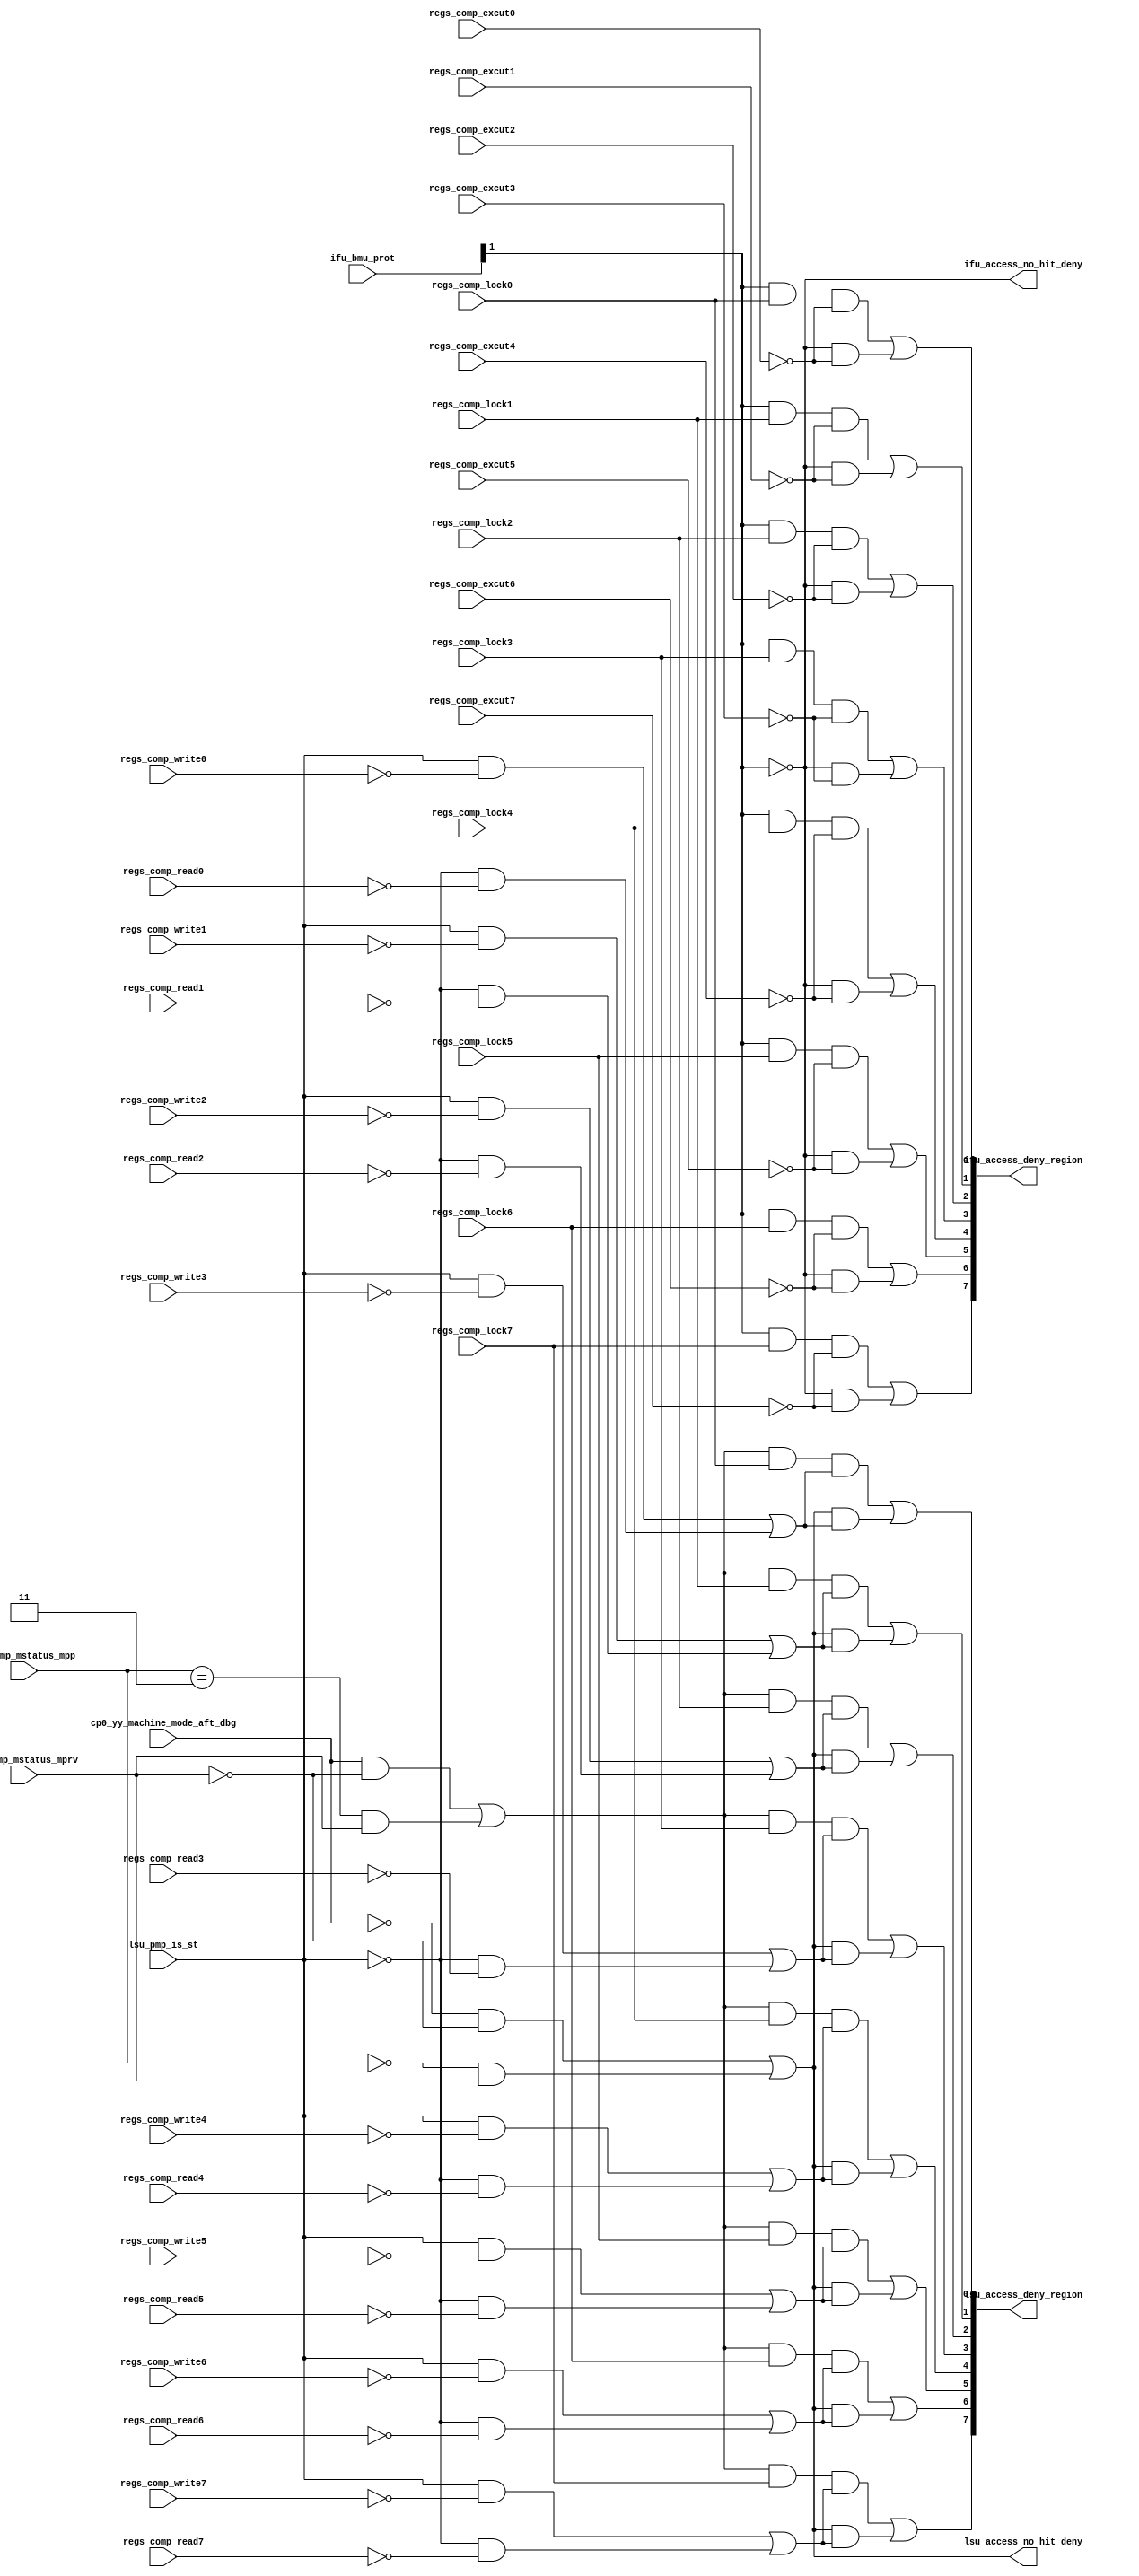
/*Copyright 2018-2021 T-Head Semiconductor Co., Ltd.

Licensed under the Apache License, Version 2.0 (the "License");
you may not use this file except in compliance with the License.
You may obtain a copy of the License at

    http://www.apache.org/licenses/LICENSE-2.0

Unless required by applicable law or agreed to in writing, software
distributed under the License is distributed on an "AS IS" BASIS,
WITHOUT WARRANTIES OR CONDITIONS OF ANY KIND, either express or implied.
See the License for the specific language governing permissions and
limitations under the License.
*/
module cr_pmp_acc_arb(
  cp0_pmp_mstatus_mpp,
  cp0_pmp_mstatus_mprv,
  cp0_yy_machine_mode_aft_dbg,
  ifu_access_deny_region,
  ifu_access_no_hit_deny,
  ifu_bmu_prot,
  lsu_access_deny_region,
  lsu_access_no_hit_deny,
  lsu_pmp_is_st,
  regs_comp_excut0,
  regs_comp_excut1,
  regs_comp_excut2,
  regs_comp_excut3,
  regs_comp_excut4,
  regs_comp_excut5,
  regs_comp_excut6,
  regs_comp_excut7,
  regs_comp_lock0,
  regs_comp_lock1,
  regs_comp_lock2,
  regs_comp_lock3,
  regs_comp_lock4,
  regs_comp_lock5,
  regs_comp_lock6,
  regs_comp_lock7,
  regs_comp_read0,
  regs_comp_read1,
  regs_comp_read2,
  regs_comp_read3,
  regs_comp_read4,
  regs_comp_read5,
  regs_comp_read6,
  regs_comp_read7,
  regs_comp_write0,
  regs_comp_write1,
  regs_comp_write2,
  regs_comp_write3,
  regs_comp_write4,
  regs_comp_write5,
  regs_comp_write6,
  regs_comp_write7
);

// &Ports; @25
input   [1:0]  cp0_pmp_mstatus_mpp;        
input          cp0_pmp_mstatus_mprv;       
input          cp0_yy_machine_mode_aft_dbg; 
input   [3:0]  ifu_bmu_prot;               
input          lsu_pmp_is_st;              
input          regs_comp_excut0;           
input          regs_comp_excut1;           
input          regs_comp_excut2;           
input          regs_comp_excut3;           
input          regs_comp_excut4;           
input          regs_comp_excut5;           
input          regs_comp_excut6;           
input          regs_comp_excut7;           
input          regs_comp_lock0;            
input          regs_comp_lock1;            
input          regs_comp_lock2;            
input          regs_comp_lock3;            
input          regs_comp_lock4;            
input          regs_comp_lock5;            
input          regs_comp_lock6;            
input          regs_comp_lock7;            
input          regs_comp_read0;            
input          regs_comp_read1;            
input          regs_comp_read2;            
input          regs_comp_read3;            
input          regs_comp_read4;            
input          regs_comp_read5;            
input          regs_comp_read6;            
input          regs_comp_read7;            
input          regs_comp_write0;           
input          regs_comp_write1;           
input          regs_comp_write2;           
input          regs_comp_write3;           
input          regs_comp_write4;           
input          regs_comp_write5;           
input          regs_comp_write6;           
input          regs_comp_write7;           
output  [7:0]  ifu_access_deny_region;     
output         ifu_access_no_hit_deny;     
output  [7:0]  lsu_access_deny_region;     
output         lsu_access_no_hit_deny;     

// &Regs; @26

// &Wires; @27
wire    [1:0]  cp0_pmp_mstatus_mpp;        
wire           cp0_pmp_mstatus_mprv;       
wire           cp0_yy_machine_mode_aft_dbg; 
wire           ifu_acc_machine_mode;       
wire           ifu_acc_user_mode;          
wire           ifu_access_deny0;           
wire           ifu_access_deny1;           
wire           ifu_access_deny2;           
wire           ifu_access_deny3;           
wire           ifu_access_deny4;           
wire           ifu_access_deny5;           
wire           ifu_access_deny6;           
wire           ifu_access_deny7;           
wire    [7:0]  ifu_access_deny_region;     
wire           ifu_access_no_hit_deny;     
wire    [3:0]  ifu_bmu_prot;               
wire           lsu_acc_machine_mode;       
wire           lsu_acc_user_mode;          
wire           lsu_access_deny0;           
wire           lsu_access_deny1;           
wire           lsu_access_deny2;           
wire           lsu_access_deny3;           
wire           lsu_access_deny4;           
wire           lsu_access_deny5;           
wire           lsu_access_deny6;           
wire           lsu_access_deny7;           
wire    [7:0]  lsu_access_deny_region;     
wire           lsu_access_no_hit_deny;     
wire           lsu_pmp_is_st;              
wire           regs_comp_excut0;           
wire           regs_comp_excut1;           
wire           regs_comp_excut2;           
wire           regs_comp_excut3;           
wire           regs_comp_excut4;           
wire           regs_comp_excut5;           
wire           regs_comp_excut6;           
wire           regs_comp_excut7;           
wire           regs_comp_lock0;            
wire           regs_comp_lock1;            
wire           regs_comp_lock2;            
wire           regs_comp_lock3;            
wire           regs_comp_lock4;            
wire           regs_comp_lock5;            
wire           regs_comp_lock6;            
wire           regs_comp_lock7;            
wire           regs_comp_read0;            
wire           regs_comp_read1;            
wire           regs_comp_read2;            
wire           regs_comp_read3;            
wire           regs_comp_read4;            
wire           regs_comp_read5;            
wire           regs_comp_read6;            
wire           regs_comp_read7;            
wire           regs_comp_write0;           
wire           regs_comp_write1;           
wire           regs_comp_write2;           
wire           regs_comp_write3;           
wire           regs_comp_write4;           
wire           regs_comp_write5;           
wire           regs_comp_write6;           
wire           regs_comp_write7;           


// &Force("bus","ifu_bmu_prot",3,0); @29
//==========================================================
//                Attribute Matching Logic
//==========================================================
//-------------------------------------------
// Check the access attribute of each region
//-------------------------------------------
assign lsu_acc_machine_mode = cp0_yy_machine_mode_aft_dbg && !cp0_pmp_mstatus_mprv
                           || (cp0_pmp_mstatus_mpp[1:0] == 2'b11) && cp0_pmp_mstatus_mprv;
                     
assign lsu_acc_user_mode    = !cp0_yy_machine_mode_aft_dbg && !cp0_pmp_mstatus_mprv
                           || (cp0_pmp_mstatus_mpp[1:0] == 2'b00)  && cp0_pmp_mstatus_mprv;

//when bmu not grant,acc machine mode and secure mode should not change
assign ifu_acc_machine_mode = ifu_bmu_prot[1]; 
assign ifu_acc_user_mode    = !ifu_bmu_prot[1];


//-----------------------------------------
// Checks the access attribute with no entry hit
//-----------------------------------------
assign ifu_access_no_hit_deny = ifu_acc_user_mode;
assign lsu_access_no_hit_deny = lsu_acc_user_mode;

//-----------------------------------------
// Checks the access attribute of region 0
//-----------------------------------------
//IFU deny will be generated when:
//1. ifu access in machine mode:
//(1) PMP entry is locked 
//(2) PMP entry is not executeable
//2. ifu access in user mode:
//(2) PMP entry is not executeable
assign ifu_access_deny_region[0] = ifu_access_deny0;
assign ifu_access_deny0          = ifu_acc_machine_mode && regs_comp_lock0 && !regs_comp_excut0
                                || ifu_acc_user_mode && !regs_comp_excut0;

//LSU deny will be generated when:
//1.lsu access in machine mode:
//(1) PMP entry is locked
//(2) access is load and PMP entry is not readable
//    access is store and PMP entry is not writeable
//2.lsu access in user mode:
//(1) access is load and PMP entry is not readable
//    access is store and PMP entry is not writeable
assign lsu_access_deny_region[0] = lsu_access_deny0;
assign lsu_access_deny0          = lsu_acc_machine_mode && regs_comp_lock0 
                                   && (lsu_pmp_is_st && !regs_comp_write0 
                                       || !lsu_pmp_is_st && !regs_comp_read0)
                                || lsu_acc_user_mode                              
                                   && (lsu_pmp_is_st && !regs_comp_write0 
                                       || !lsu_pmp_is_st && !regs_comp_read0);

//-----------------------------------------
// Checks the access attribute of region 1
//-----------------------------------------
assign ifu_access_deny_region[1] = ifu_access_deny1;
assign lsu_access_deny_region[1] = lsu_access_deny1;
assign ifu_access_deny1          = ifu_acc_machine_mode && regs_comp_lock1 && !regs_comp_excut1
                                || ifu_acc_user_mode && !regs_comp_excut1;

assign lsu_access_deny1          = lsu_acc_machine_mode && regs_comp_lock1 
                                   && (lsu_pmp_is_st && !regs_comp_write1 
                                       || !lsu_pmp_is_st && !regs_comp_read1)
                                || lsu_acc_user_mode                              
                                   && (lsu_pmp_is_st && !regs_comp_write1 
                                       || !lsu_pmp_is_st && !regs_comp_read1);

//-----------------------------------------
// Checks the access attribute of region 2
//-----------------------------------------
assign ifu_access_deny_region[2] = ifu_access_deny2;
assign lsu_access_deny_region[2] = lsu_access_deny2;
assign ifu_access_deny2          = ifu_acc_machine_mode && regs_comp_lock2 && !regs_comp_excut2
                                || ifu_acc_user_mode && !regs_comp_excut2;

assign lsu_access_deny2          = lsu_acc_machine_mode && regs_comp_lock2 
                                   && (lsu_pmp_is_st && !regs_comp_write2 
                                       || !lsu_pmp_is_st && !regs_comp_read2)
                                || lsu_acc_user_mode                              
                                   && (lsu_pmp_is_st && !regs_comp_write2 
                                       || !lsu_pmp_is_st && !regs_comp_read2);

//-----------------------------------------
// Checks the access attribute of region 3
//-----------------------------------------
assign ifu_access_deny_region[3] = ifu_access_deny3;
assign lsu_access_deny_region[3] = lsu_access_deny3;

assign ifu_access_deny3          = ifu_acc_machine_mode && regs_comp_lock3 && !regs_comp_excut3
                                || ifu_acc_user_mode && !regs_comp_excut3;

assign lsu_access_deny3          = lsu_acc_machine_mode && regs_comp_lock3 
                                   && (lsu_pmp_is_st && !regs_comp_write3 
                                       || !lsu_pmp_is_st && !regs_comp_read3)
                                || lsu_acc_user_mode                              
                                   && (lsu_pmp_is_st && !regs_comp_write3 
                                       || !lsu_pmp_is_st && !regs_comp_read3);

//-----------------------------------------
// Checks the access attribute of region 4
//-----------------------------------------
assign ifu_access_deny_region[4] = ifu_access_deny4;
assign lsu_access_deny_region[4] = lsu_access_deny4;

assign ifu_access_deny4          = ifu_acc_machine_mode && regs_comp_lock4 && !regs_comp_excut4
                                || ifu_acc_user_mode && !regs_comp_excut4;

assign lsu_access_deny4          = lsu_acc_machine_mode && regs_comp_lock4 
                                   && (lsu_pmp_is_st && !regs_comp_write4 
                                       || !lsu_pmp_is_st && !regs_comp_read4)
                                || lsu_acc_user_mode                              
                                   && (lsu_pmp_is_st && !regs_comp_write4 
                                       || !lsu_pmp_is_st && !regs_comp_read4);

//-----------------------------------------
// Checks the access attribute of region 5
//-----------------------------------------
assign ifu_access_deny_region[5] = ifu_access_deny5;
assign lsu_access_deny_region[5] = lsu_access_deny5;

assign ifu_access_deny5          = ifu_acc_machine_mode && regs_comp_lock5 && !regs_comp_excut5
                                || ifu_acc_user_mode && !regs_comp_excut5;

assign lsu_access_deny5          = lsu_acc_machine_mode && regs_comp_lock5 
                                   && (lsu_pmp_is_st && !regs_comp_write5 
                                       || !lsu_pmp_is_st && !regs_comp_read5)
                                || lsu_acc_user_mode                              
                                   && (lsu_pmp_is_st && !regs_comp_write5 
                                       || !lsu_pmp_is_st && !regs_comp_read5);                

//-----------------------------------------
// Checks the access attribute of region 6
//-----------------------------------------
assign ifu_access_deny_region[6] = ifu_access_deny6;
assign lsu_access_deny_region[6] = lsu_access_deny6;

assign ifu_access_deny6          = ifu_acc_machine_mode && regs_comp_lock6 && !regs_comp_excut6
                                || ifu_acc_user_mode && !regs_comp_excut6;

assign lsu_access_deny6          = lsu_acc_machine_mode && regs_comp_lock6 
                                   && (lsu_pmp_is_st && !regs_comp_write6 
                                       || !lsu_pmp_is_st && !regs_comp_read6)
                                || lsu_acc_user_mode                              
                                   && (lsu_pmp_is_st && !regs_comp_write6 
                                       || !lsu_pmp_is_st && !regs_comp_read6);
                                       
//-----------------------------------------
// Checks the access attribute of region 7
//-----------------------------------------
assign ifu_access_deny_region[7] = ifu_access_deny7;
assign lsu_access_deny_region[7] = lsu_access_deny7;

assign ifu_access_deny7          = ifu_acc_machine_mode && regs_comp_lock7 && !regs_comp_excut7
                                || ifu_acc_user_mode && !regs_comp_excut7;

assign lsu_access_deny7          = lsu_acc_machine_mode && regs_comp_lock7 
                                   && (lsu_pmp_is_st && !regs_comp_write7 
                                       || !lsu_pmp_is_st && !regs_comp_read7)
                                || lsu_acc_user_mode                              
                                   && (lsu_pmp_is_st && !regs_comp_write7 
                                       || !lsu_pmp_is_st && !regs_comp_read7);









// &ModuleEnd; @524
endmodule